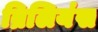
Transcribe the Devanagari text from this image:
ब्रिलियंस